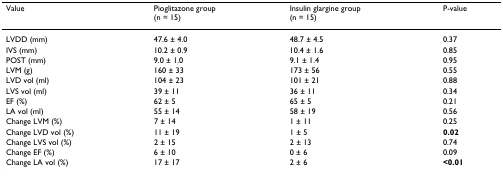
<table><thead><tr><td><b>Value</b></td><td><b>Pioglitazone group(n = 15)</b></td><td><b>Insulin glargine group(n = 15)</b></td><td><b>P-value</b></td></tr></thead><tbody><tr><td>LVDD (mm)</td><td>47.6 ± 4.0</td><td>48.7 ± 4.5</td><td>0.37</td></tr><tr><td>IVS (mm)</td><td>10.2 ± 0.9</td><td>10.4 ± 1.6</td><td>0.85</td></tr><tr><td>POST (mm)</td><td>9.0 ± 1.0</td><td>9.1 ± 1.4</td><td>0.95</td></tr><tr><td>LVM (g)</td><td>160 ± 33</td><td>173 ± 56</td><td>0.55</td></tr><tr><td>LVD vol (ml)</td><td>104 ± 23</td><td>101 ± 21</td><td>0.88</td></tr><tr><td>LVS vol (ml)</td><td>39 ± 11</td><td>36 ± 11</td><td>0.34</td></tr><tr><td>EF (%)</td><td>62 ± 5</td><td>65 ± 5</td><td>0.21</td></tr><tr><td>LA vol (ml)</td><td>55 ± 14</td><td>58 ± 19</td><td>0.56</td></tr><tr><td>Change LVM (%)</td><td>7 ± 14</td><td>1 ± 11</td><td>0.25</td></tr><tr><td>Change LVD vol (%)</td><td>11 ± 19</td><td>1 ± 5</td><td><b>0.02</b></td></tr><tr><td>Change LVS vol (%)</td><td>2 ± 15</td><td>2 ± 13</td><td>0.74</td></tr><tr><td>Change EF (%)</td><td>6 ± 10</td><td>0 ± 6</td><td>0.09</td></tr><tr><td>Change LA vol (%)</td><td>17 ± 17</td><td>2 ± 6</td><td><b>&lt;0.01</b></td></tr></tbody></table>